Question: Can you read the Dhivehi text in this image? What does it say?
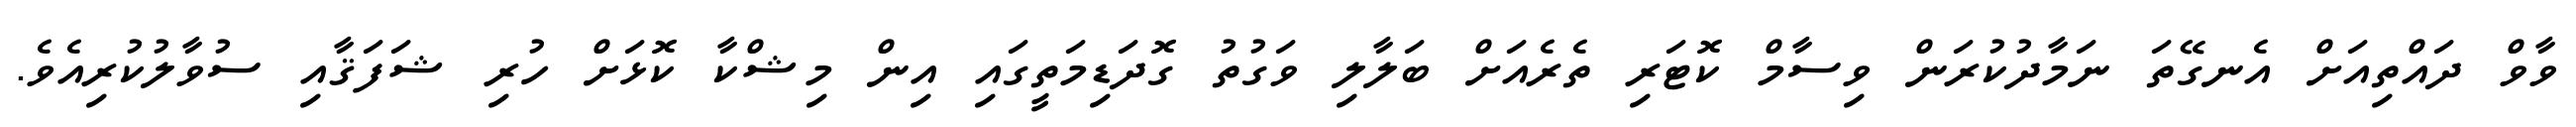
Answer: ވާވް ދައްތިއަށް އެނގޭތަ ނަމާދުކުރަން ވިސާމް ކޮޓަރި ތެރެއަށް ބަލާލި ވަގުތު ގޮދަޑިމަތީގައި އިން މިޝްކާ ކޮޅަށް ހުރި ޝަފަޤާއި ސުވާލުކުރިއެވެ.